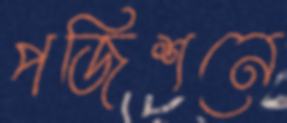
পজিশনে